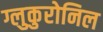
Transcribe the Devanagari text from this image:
ग्लुकुरोनिल